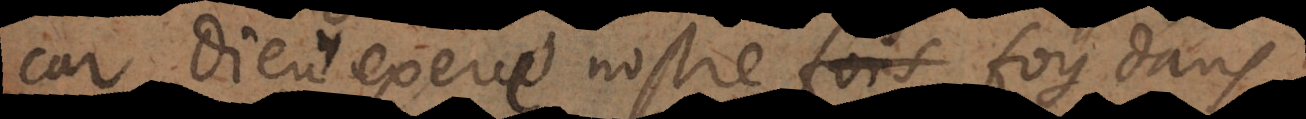
Car Dieu exerce nostre foy dans